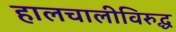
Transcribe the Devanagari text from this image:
हालचालीविरुद्ध